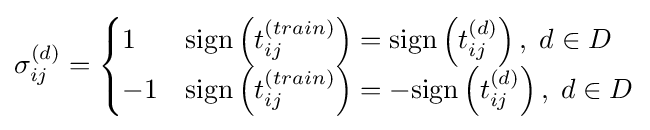
\sigma _{ij}^{(d)}={\begin{cases}1&\mathrm {sign} \left(t_{ij}^{(train)}\right)=\mathrm {sign} \left(t_{ij}^{(d)}\right),\;d\in D\\-1&\mathrm {sign} \left(t_{ij}^{(train)}\right)=-\mathrm {sign} \left(t_{ij}^{(d)}\right),\;d\in D\end{cases}}